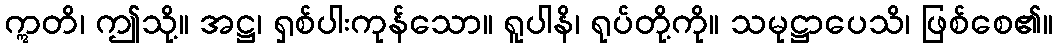
ဣတိ၊ ဤသို့။ အဋ္ဌ၊ ရှစ်ပါးကုန်သော။ ရူပါနိ၊ ရုပ်တို့ကို။ သမုဋ္ဌာပေသိ၊ ဖြစ်စေ၏။